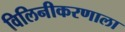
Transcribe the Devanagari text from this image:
विलिनीकरणाला